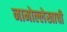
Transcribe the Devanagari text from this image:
नामोल्लेखाची